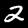
Label: 2